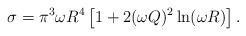
LaTeX: \begin{align*}\sigma = \pi^3 \omega R^4 \left[1 + 2 (\omega Q)^2 \ln (\omega R)\right ].\end{align*}